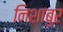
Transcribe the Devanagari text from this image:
निशाबुर